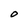
Character: O